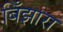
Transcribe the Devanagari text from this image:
बिँझारा